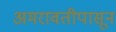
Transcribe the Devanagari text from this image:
अमरावतीपासून